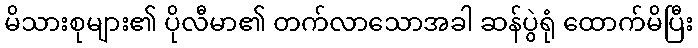
မိသားစုများ၏ ပိုလီမာ၏ တက်လာသောအခါ ဆန်ပွဲရုံ ထောက်မိပြီး